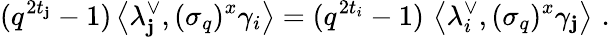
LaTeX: (q^{2t_{\mathbf{j}}}-1)\left\langle\lambda_{\mathbf{j}}^{\vee},(\sigma_{q})^{x}\gamma_{i}\right\rangle=(q^{2t_{i}}-1)\, \left\langle\lambda_{i}^{\vee},(\sigma_{q})^{x}\gamma_{\mathbf{j}}\right\rangle\, \, .